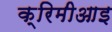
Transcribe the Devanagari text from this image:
क्रिमीआइ